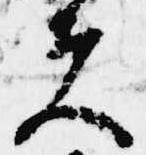
夫